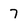
Character: 7